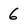
Character: 6